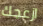
ازعجك